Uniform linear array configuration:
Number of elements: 64
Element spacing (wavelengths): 1
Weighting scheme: kaiser
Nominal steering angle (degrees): -15
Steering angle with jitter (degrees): -14.385
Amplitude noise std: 0.05
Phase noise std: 0.05

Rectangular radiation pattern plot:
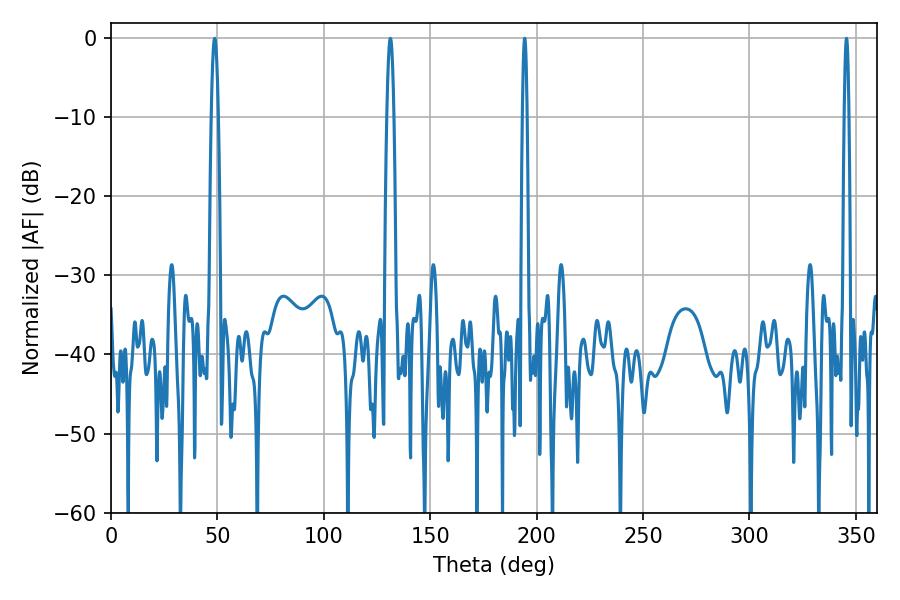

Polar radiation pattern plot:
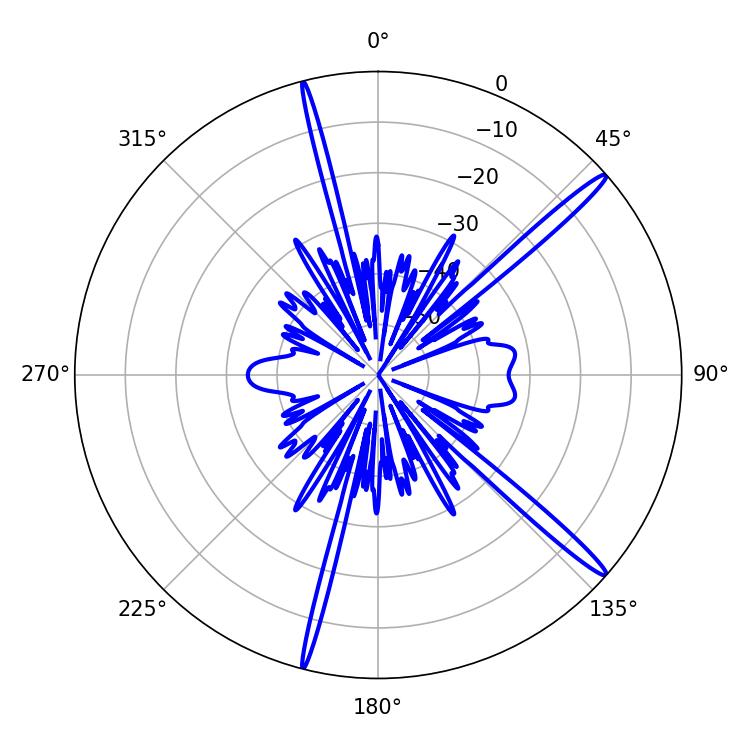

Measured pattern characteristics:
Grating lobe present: TRUE
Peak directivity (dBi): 16.86
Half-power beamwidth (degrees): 1.08
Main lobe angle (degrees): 345.6